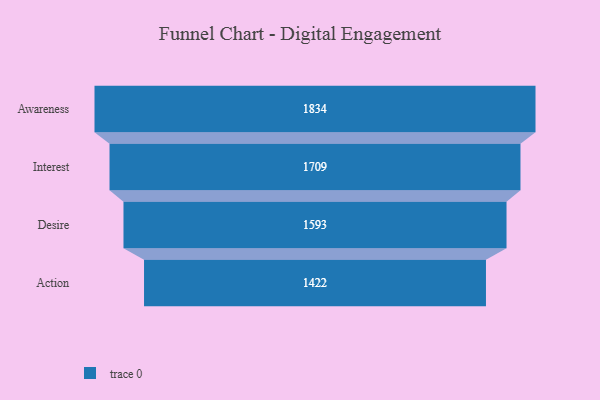
{"axis": {"x": "Stage", "y": "Value"}, "legend": [""], "data": [{"x": "Awareness", "y": 1834.0, "type": ""}, {"x": "Interest", "y": 1709.0, "type": ""}, {"x": "Desire", "y": 1593.0, "type": ""}, {"x": "Action", "y": 1422.0, "type": ""}]}